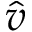
\hat { v }